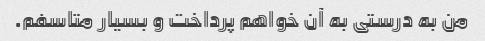
من به درستی به آن خواهم پرداخت و بسیار متاسفم.